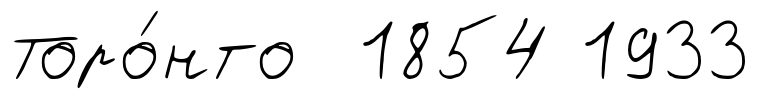
Торо́нто 1854 1933